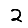
Digit: 2